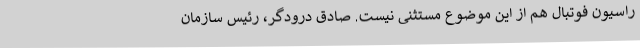
راسیون فوتبال هم از این موضوع مستثنی نیست. صادق درودگر، رئیس سازمان